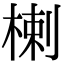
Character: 楋